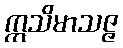
ဣသိမာသဇ္ဇ